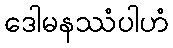
ဒေါမနဿံပါဟံ